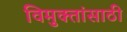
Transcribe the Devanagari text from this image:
विमुक्तांसाठी